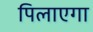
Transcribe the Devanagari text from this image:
पिलाएगा